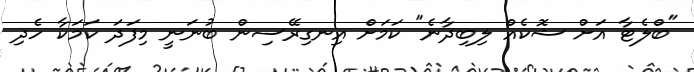
"ބްލެޓާ އަށް ޝޮކެއް ލިބިދާނެ" ކަމަށް އިނގިރޭސިން ބުނަނީ މިފަދަ ކަމަކާ ހެދި